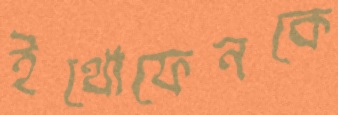
ইথোফেনকে